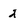
Character: 2